65_HS1-834228961_62-HQ-83894_Section_2
Agency: FBI
Page 46
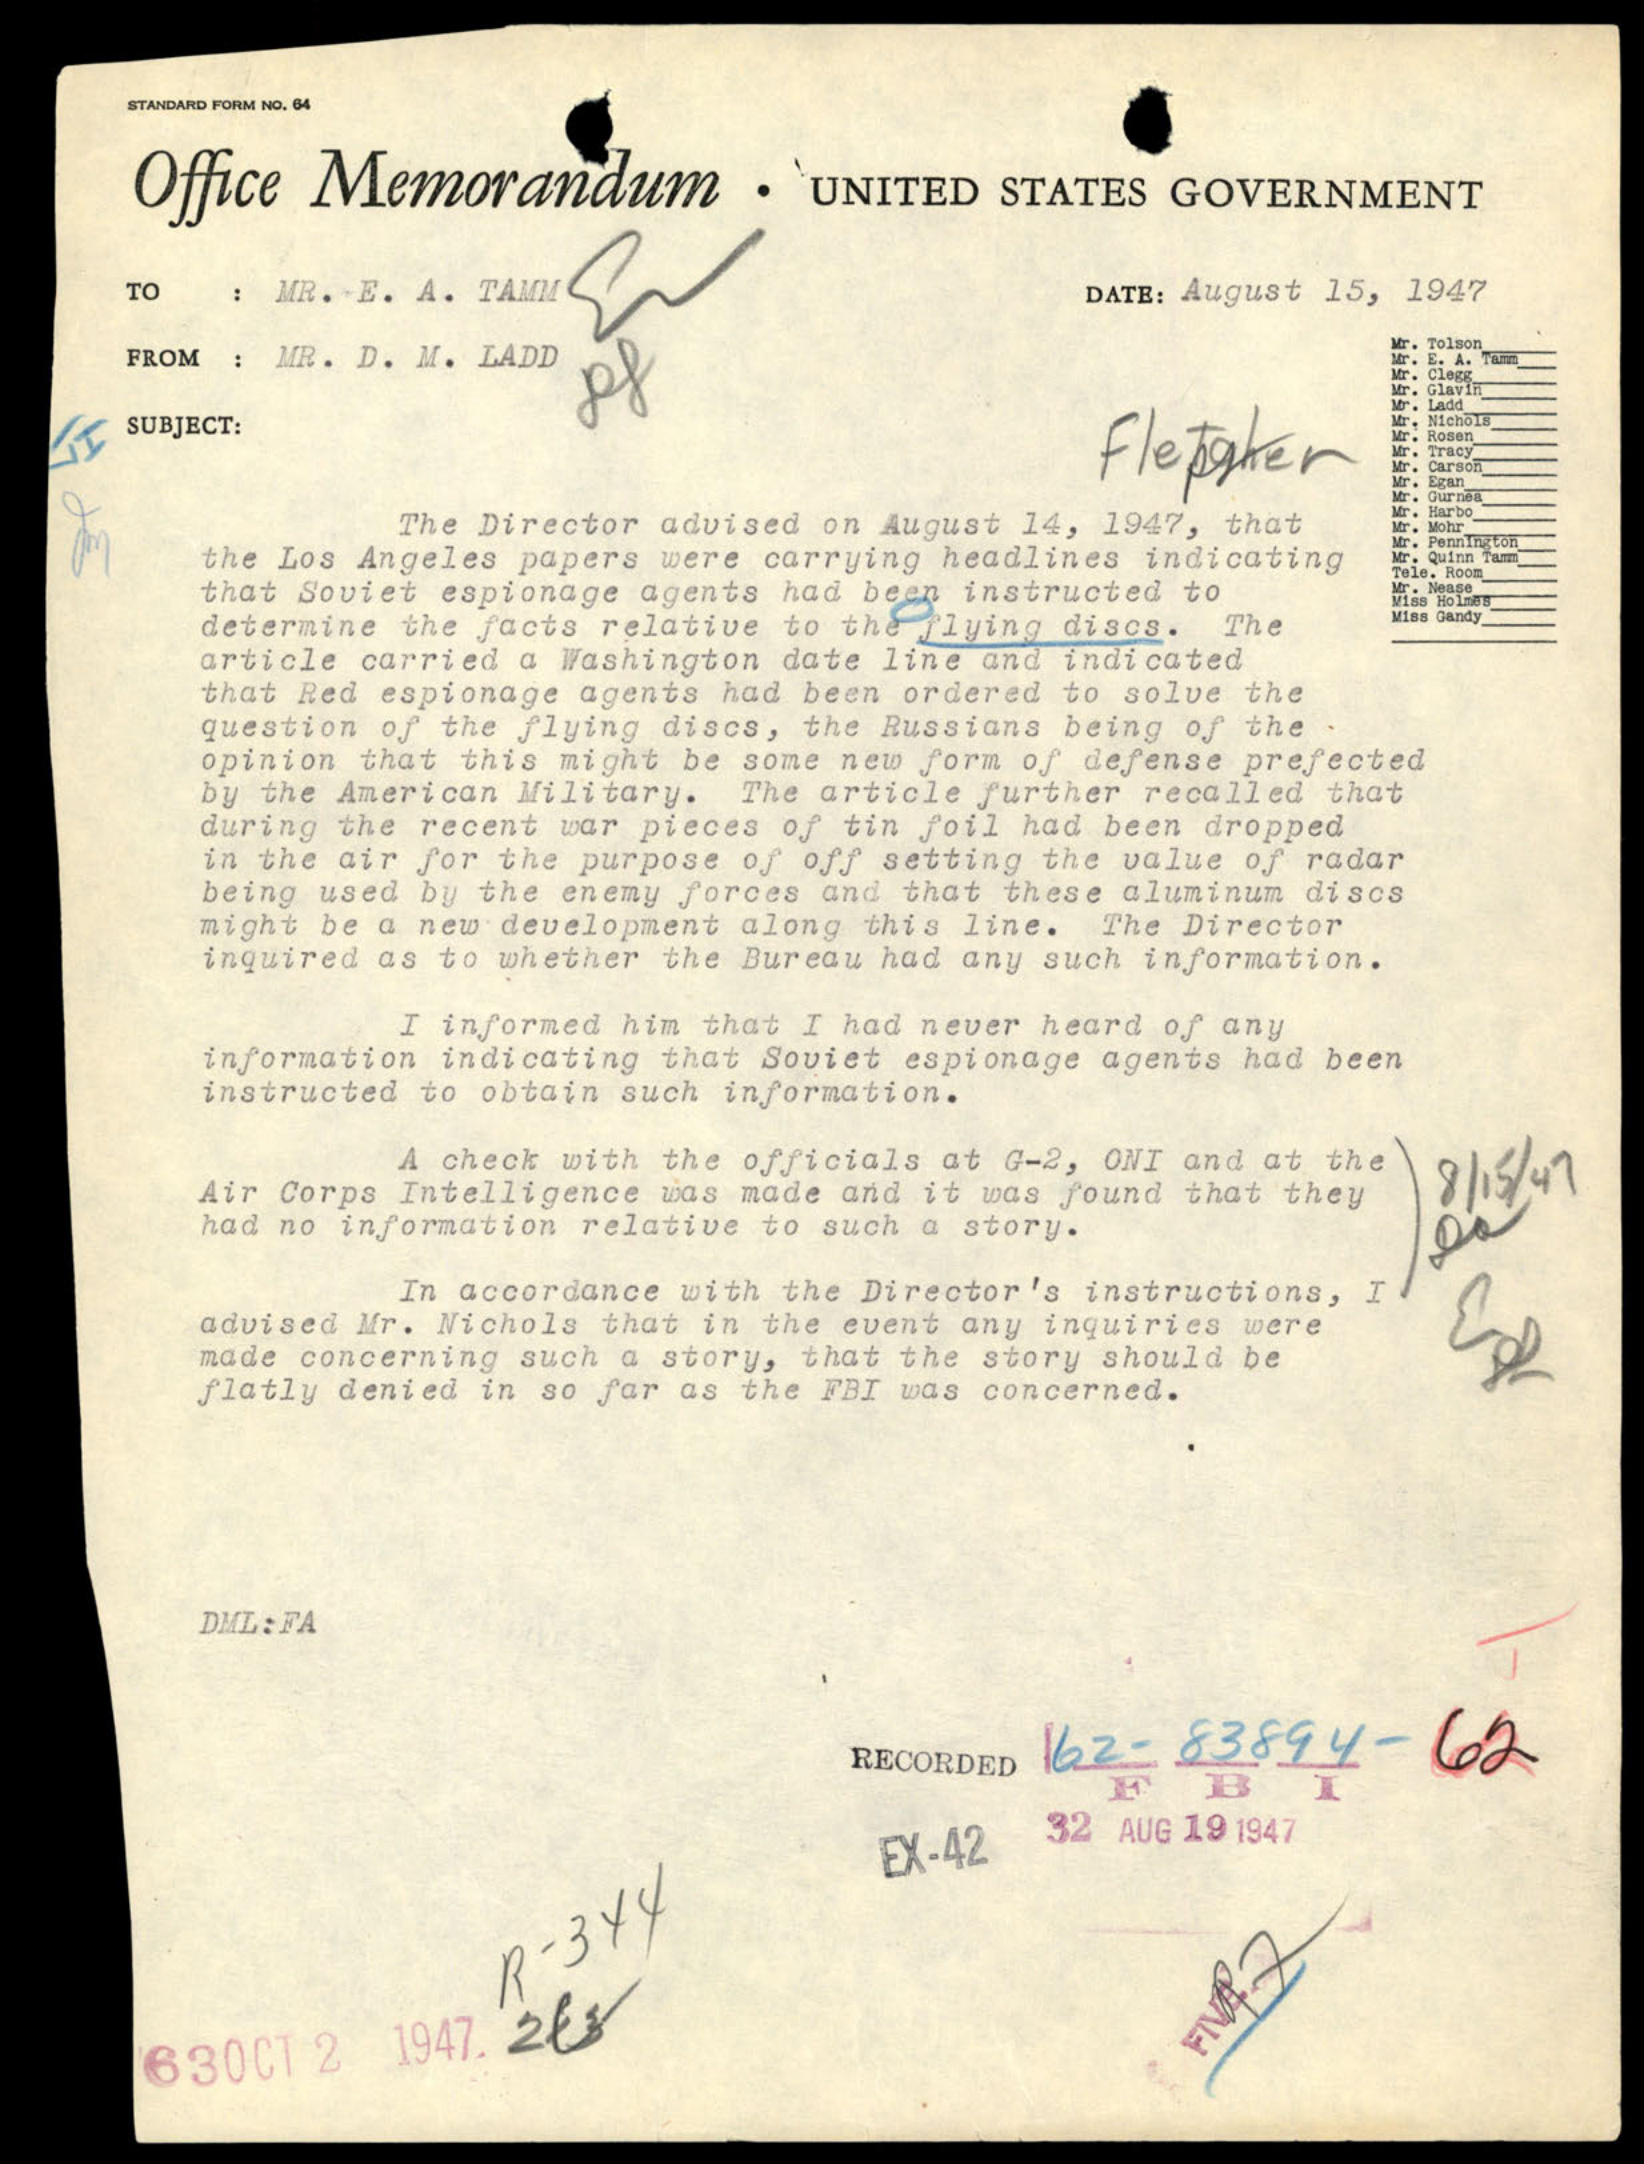